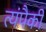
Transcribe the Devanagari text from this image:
त्यंपैकी